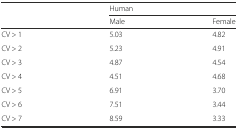
<table><thead><tr><td></td><td colspan="2"><b>Human</b></td></tr><tr><td></td><td><b>Male</b></td><td><b>Female</b></td></tr></thead><tbody><tr><td>CV &gt; 1</td><td>5.03</td><td>4.82</td></tr><tr><td>CV &gt; 2</td><td>5.23</td><td>4.91</td></tr><tr><td>CV &gt; 3</td><td>4.87</td><td>4.54</td></tr><tr><td>CV &gt; 4</td><td>4.51</td><td>4.68</td></tr><tr><td>CV &gt; 5</td><td>6.91</td><td>3.70</td></tr><tr><td>CV &gt; 6</td><td>7.51</td><td>3.44</td></tr><tr><td>CV &gt; 7</td><td>8.59</td><td>3.33</td></tr></tbody></table>